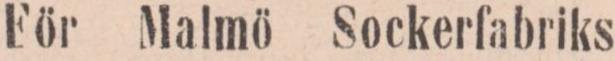
För Malmö Sockerſabriks